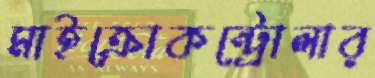
মাইক্রোকন্ট্রোলার